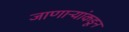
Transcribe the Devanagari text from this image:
जाणाऱ्यांकडून